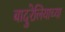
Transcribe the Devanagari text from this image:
बादुरेलियाच्या